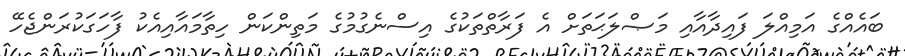
ބައެއްގެ އަމިއްލަ ފައިދާއާއި މަޞްލަޙަތަށް އެ ފަރާތްތަކުގެ އިސްނެގުމުގެ މަތިންކަން ހިތާމައާއިއެކު ފާހަގަކުރަންޖެހޭ